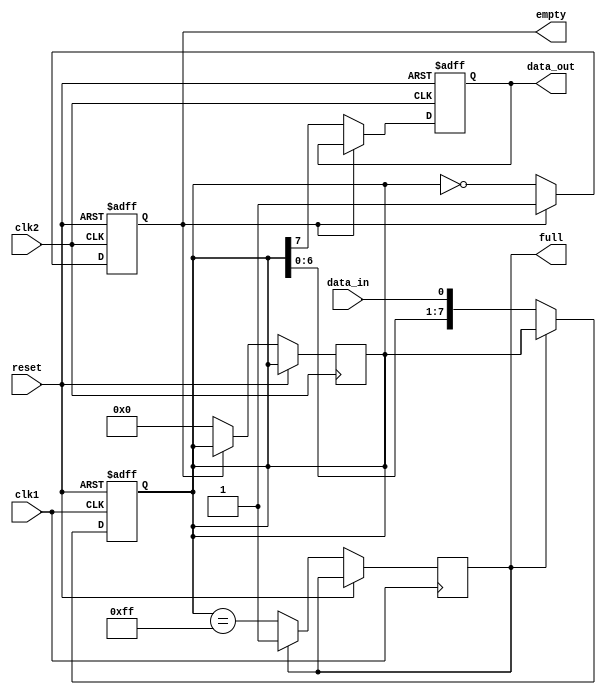
module level_sensitive_fifo (
    input wire clk1,       // Clock input for domain 1
    input wire clk2,       // Clock input for domain 2
    input wire reset,      // Reset signal
    input wire data_in,    // Data input
    output wire data_out,  // Data output
    output reg full,       // Full flag
    output reg empty       // Empty flag
);

reg [7:0] buffer; // 8-bit buffer
reg [7:0] next_data; // Next data to be written

always @(posedge clk1 or posedge reset) begin
    if (reset) begin
        buffer <= 8'b00000000;
    end else if (!full) begin
        buffer <= {buffer[6:0], data_in};
        full <= (buffer == 8'b11111111);
    end
end

always @(posedge clk2 or posedge reset) begin
    if (reset) begin
        empty <= 1'b1;
        data_out <= 8'b00000000;
    end else if (!empty) begin
        data_out <= buffer[7];
        buffer <= {buffer[6:0], 8'b00000000};
        empty <= (buffer == 8'b00000000);
    end
end

endmodule